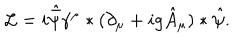
{ \cal L } = i \hat { \bar { \psi } } \gamma ^ { \mu } * ( \partial _ { \mu } + i g \hat { A } _ { \mu } ) * \hat { \psi } .